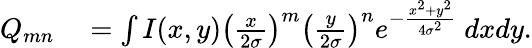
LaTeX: \begin{array}{rl}{Q_{mn}}&{{}=\int I(x,y)\left(\frac{x}{2\sigma}\right)^{m}\left(\frac{y}{2\sigma}\right)^{n}e^{-\frac{x^{2}+y^{2}}{4\sigma^{2}}}\ dxdy.}\end{array}